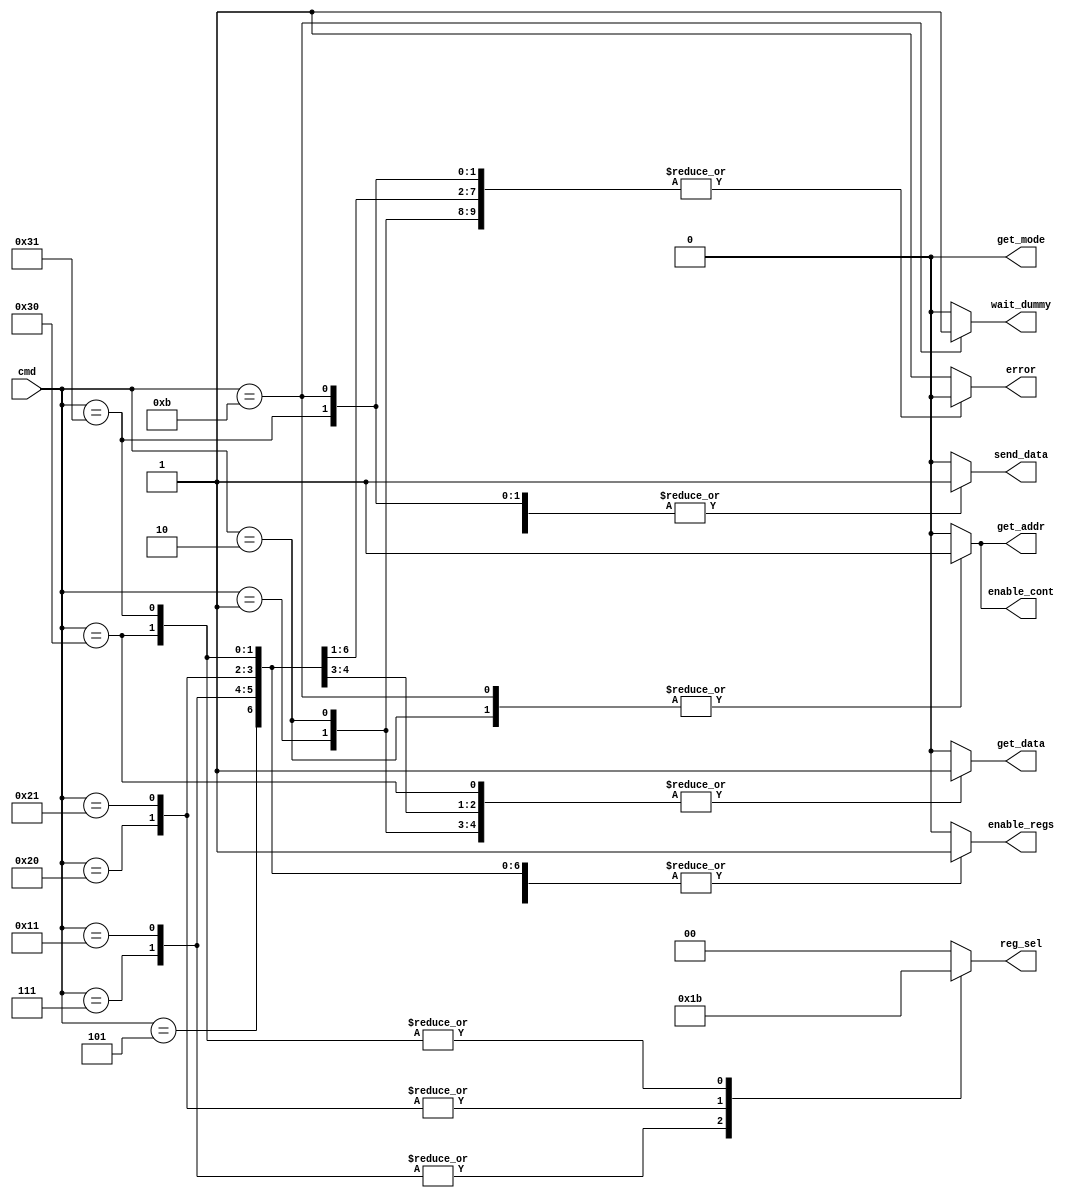
module spi_slave_cmd_parser (
	cmd,
	get_addr,
	get_mode,
	get_data,
	send_data,
	enable_cont,
	enable_regs,
	wait_dummy,
	error,
	reg_sel
);
	input wire [7:0] cmd;
	output reg get_addr;
	output reg get_mode;
	output reg get_data;
	output reg send_data;
	output reg enable_cont;
	output reg enable_regs;
	output reg wait_dummy;
	output reg error;
	output reg [1:0] reg_sel;
	always @(*) begin
		get_addr = 0;
		get_mode = 0;
		get_data = 0;
		send_data = 0;
		enable_cont = 0;
		enable_regs = 1'b0;
		wait_dummy = 0;
		reg_sel = 2'b00;
		error = 1'b1;
		case (cmd)
			8'h01: begin
				get_addr = 0;
				get_mode = 0;
				get_data = 1;
				send_data = 0;
				enable_cont = 0;
				enable_regs = 1'b1;
				error = 1'b0;
				wait_dummy = 0;
				reg_sel = 2'b00;
			end
			8'h02: begin
				get_addr = 1;
				get_mode = 0;
				get_data = 1;
				send_data = 0;
				enable_cont = 1'b1;
				enable_regs = 1'b0;
				error = 1'b0;
				wait_dummy = 0;
				reg_sel = 2'b00;
			end
			8'h05: begin
				get_addr = 0;
				get_mode = 0;
				get_data = 0;
				send_data = 1;
				enable_cont = 0;
				enable_regs = 1'b1;
				error = 1'b0;
				wait_dummy = 0;
				reg_sel = 2'b00;
			end
			8'h07: begin
				get_addr = 0;
				get_mode = 0;
				get_data = 0;
				send_data = 1;
				enable_cont = 0;
				enable_regs = 1'b1;
				error = 1'b0;
				wait_dummy = 0;
				reg_sel = 2'b01;
			end
			8'h0b: begin
				get_addr = 1;
				get_mode = 0;
				get_data = 0;
				send_data = 1;
				enable_cont = 1'b1;
				enable_regs = 1'b0;
				error = 1'b0;
				wait_dummy = 1;
				reg_sel = 2'b00;
			end
			8'h11: begin
				get_addr = 1'b0;
				get_mode = 1'b0;
				get_data = 1'b1;
				send_data = 1'b0;
				enable_cont = 1'b0;
				enable_regs = 1'b1;
				error = 1'b0;
				wait_dummy = 1'b0;
				reg_sel = 2'b01;
			end
			8'h20: begin
				get_addr = 1'b0;
				get_mode = 1'b0;
				get_data = 1'b1;
				send_data = 1'b0;
				enable_cont = 1'b0;
				enable_regs = 1'b1;
				error = 1'b0;
				wait_dummy = 1'b0;
				reg_sel = 2'b10;
			end
			8'h21: begin
				get_addr = 1'b0;
				get_mode = 1'b0;
				get_data = 1'b0;
				send_data = 1'b1;
				enable_cont = 1'b0;
				enable_regs = 1'b1;
				error = 1'b0;
				wait_dummy = 1'b0;
				reg_sel = 2'b10;
			end
			8'h30: begin
				get_addr = 1'b0;
				get_mode = 1'b0;
				get_data = 1'b1;
				send_data = 1'b0;
				enable_cont = 1'b0;
				enable_regs = 1'b1;
				error = 1'b0;
				wait_dummy = 1'b0;
				reg_sel = 2'b11;
			end
			8'h31: begin
				get_addr = 1'b0;
				get_mode = 1'b0;
				get_data = 1'b0;
				send_data = 1'b1;
				enable_cont = 1'b0;
				enable_regs = 1'b1;
				error = 1'b0;
				wait_dummy = 1'b0;
				reg_sel = 2'b11;
			end
		endcase
	end
endmodule